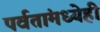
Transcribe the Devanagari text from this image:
पर्वतांमध्येही